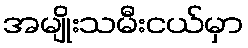
အမျိုးသမီးငယ်မှာ